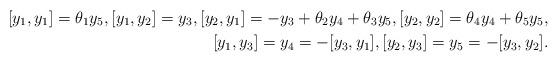
LaTeX: \begin{align*}[y_1, y_1]=\theta_1y_5, [y_1, y_2]=y_3, [y_2, y_1]=-y_3+\theta_2y_4+\theta_3y_5, [y_2, y_2]=\theta_4y_4+\theta_5y_5, \\ [y_1, y_3]=y_4=-[y_3, y_1], [y_2, y_3]=y_5=-[y_3, y_2]. \end{align*}